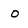
Character: O